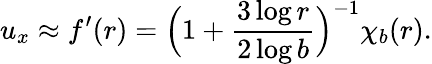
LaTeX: u_{x}\approx f^{\prime}(r)=\Big(1+\frac{3\log r}{2\log b}\Big)^{-1}\chi_{b}(r).